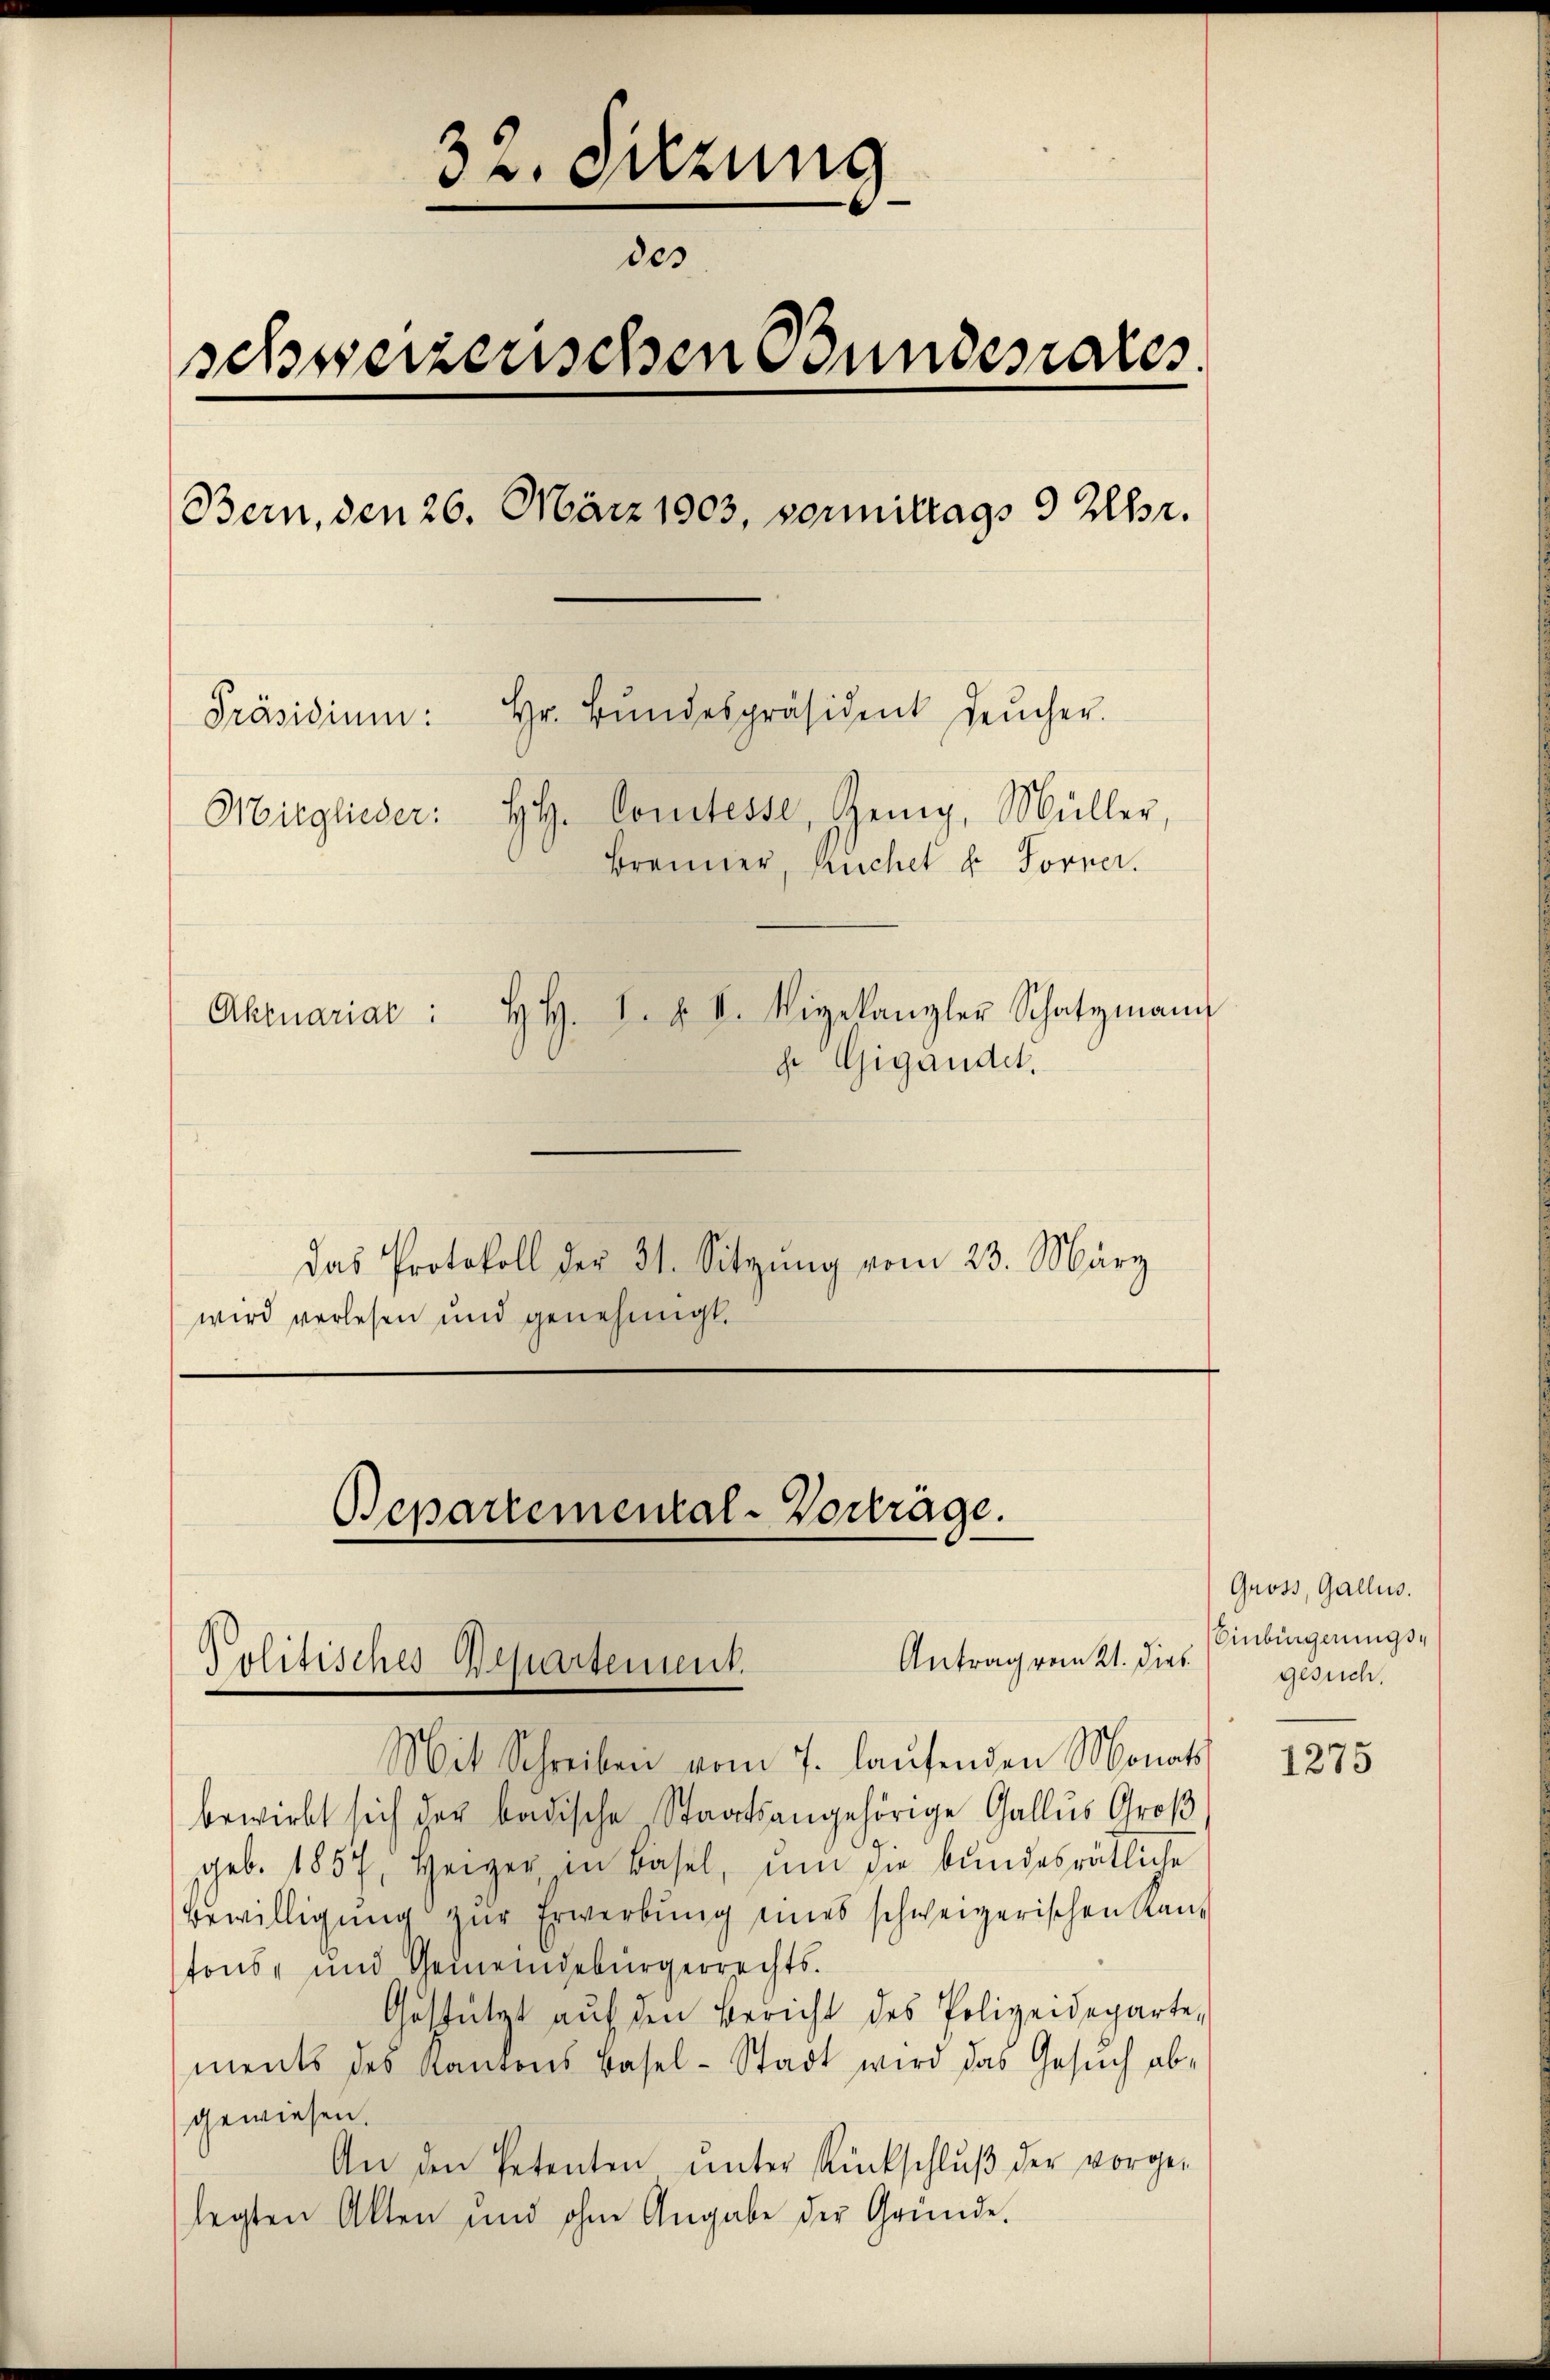
32. Sitzung
des
schweizerischen Bundesrates.
Bern, den 26. März 1903, vormittags 9 Uhr.
Präsidiŭm: Hr. Bŭndespräsident Leŭcher.
Mitglieder: HH. Comtesse, Zenig, Müller,
Brenner, Ruchet d. Forner.
Aktuariat: H. H. I. u. II. Vizekanzler Schatzmann
g. Gigandet.

Das Protokoll der 31. Sitzŭng vom 23. März
wird verlesen und genehmigt.

Mit Schreiben vom 7. laufenden Monats
bewirbt sich der badische Staatsangehörige Gallus Groß
geb. 1857, Heiger in Basel, um die bundesrätliche
Bewilligung zur Erwerbung eines schweizerischen Kantons- und Gemeindebürgerrechts¬
Gestützt auf den Bericht des Polizeideparte,
ments des Kantons Basel-Stadt wird das Gesŭch abgewiesen.
An den Petenten ŭnter Rückschlŭβ der vorge-
legten Akten und ohne Angabe der Gründe

Bepartemental-Vorträge.

Antrag vom 21. Dies
Politisches Departement.

Gross, Gallis.
Einbürgerungsgesuch.

1275